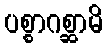
ပစ္စာဂစ္ဆာမိ